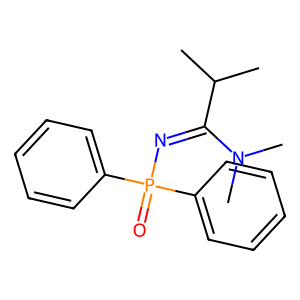
SMILES: CC(C)C(=NP(=O)(c1ccccc1)c1ccccc1)N(C)C
Inhibits HIV replication: No